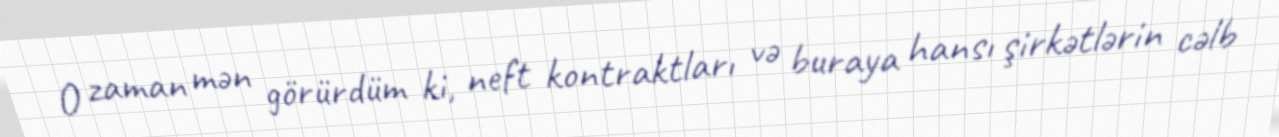
O zaman mən görürdüm ki, neft kontraktları və buraya hansı şirkətlərin cəlb